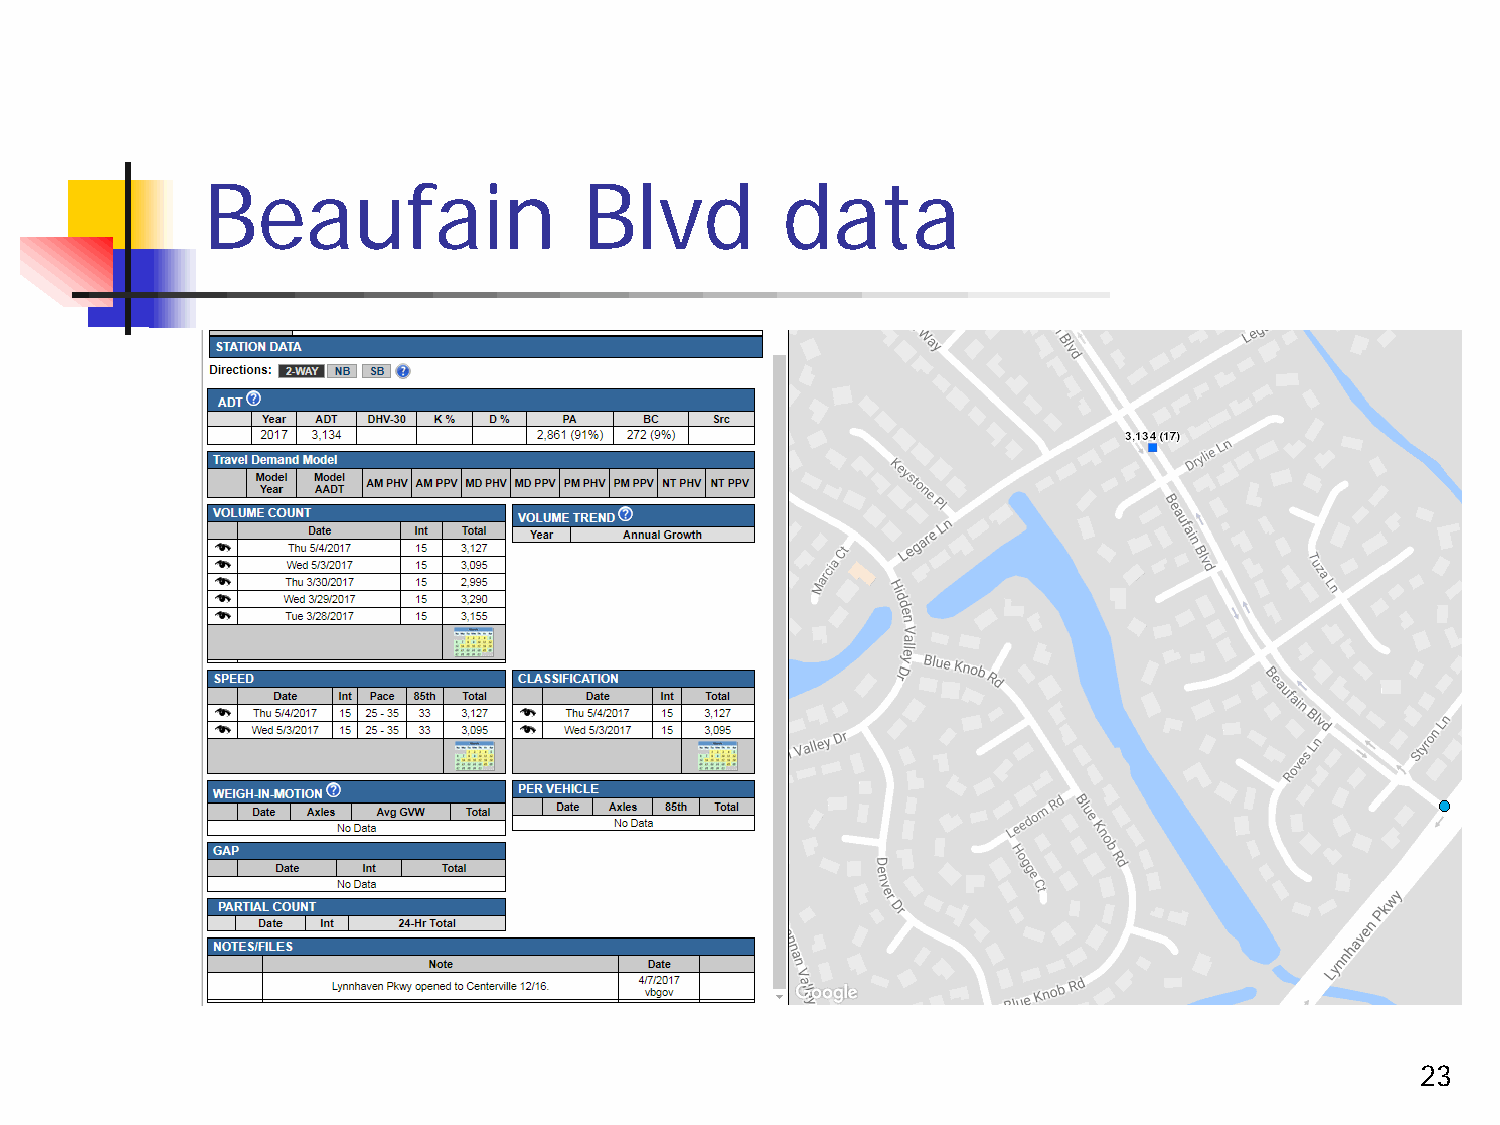
Beaufain                  Blvd         data
 23